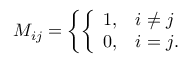
M _ { i j } = \left\{ \left\{ \begin{array} { l l } { { 1 , } } & { { i \neq j } } \\ { { 0 , } } & { { i = j . } } \end{array} \right. \right.